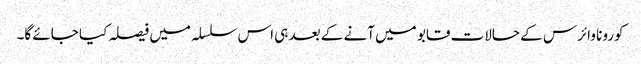
کورونا وائرس کے حالات قابو میں آنے کے بعد ہی اس سلسلہ میں فیصلہ کیا جائے گا۔